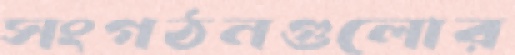
সংগঠনগুলোর